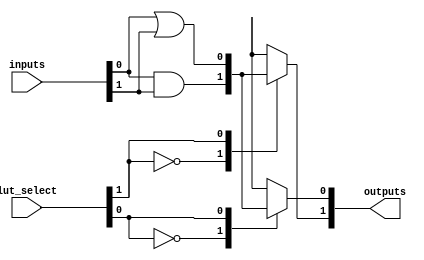
module combinational_logic_block #(
    parameter N = 4, // Number of input lines
    parameter M = 2  // Number of output lines
)(
    input wire [N-1:0] inputs, // Input signals
    input wire [N-1:0] lut_select, // LUT select signals for programmability
    output wire [M-1:0] outputs // Output signals
);

// Internal signals for LUTs
wire [M-1:0] lut_outputs;

// Example LUT implementation for combinational logic
// This example uses a simple case statement to define the logic
generate
    genvar i;
    for (i = 0; i < M; i = i + 1) begin : lut
        always @(*) begin
            case (lut_select[i])
                2'b00: lut_outputs[i] = inputs[0] & inputs[1]; // AND
                2'b01: lut_outputs[i] = inputs[0] | inputs[1]; // OR
                2'b10: lut_outputs[i] = ~(inputs[0] & inputs[1]); // NAND
                2'b11: lut_outputs[i] = ~(inputs[0] | inputs[1]); // NOR
                default: lut_outputs[i] = 1'b0;
            endcase
        end
    end
endgenerate

// Assign LUT outputs to final outputs
assign outputs = lut_outputs;

// Test points for signal monitoring (for debugging)
`ifdef TEST_MODE
    initial begin
        $monitor("Inputs: %b, Outputs: %b", inputs, outputs);
    end
`endif

endmodule